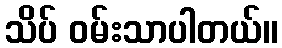
သိပ် ဝမ်းသာပါတယ်။